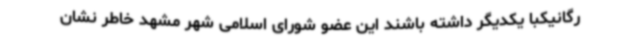
رگانیکبا یکدیگر داشته باشند این عضو شورای اسلامی شهر مشهد خاطر نشان